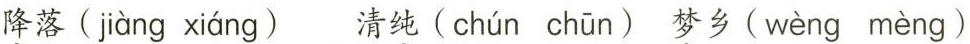
降落( jiàng xiáng ) 清纯( chún chūn ) 梦乡( wèng mèng )